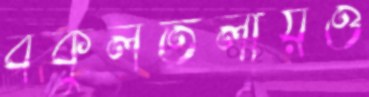
বকুলতলায়ও